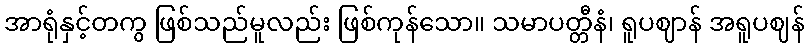
အာရုံနှင့်တကွ ဖြစ်သည်မူလည်း ဖြစ်ကုန်သော။ သမာပတ္တီနံ၊ ရူပဈာန် အရူပဈန်